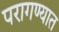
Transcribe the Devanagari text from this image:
परागण्यात